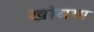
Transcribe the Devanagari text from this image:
खोबण